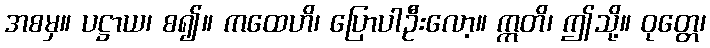
အစမှ။ ပဋ္ဌာယ၊ စ၍။ ကထေဟိ၊ ပြောပါဦးလော့။ ဣတိ၊ ဤသို့။ ဝုတ္တေ၊